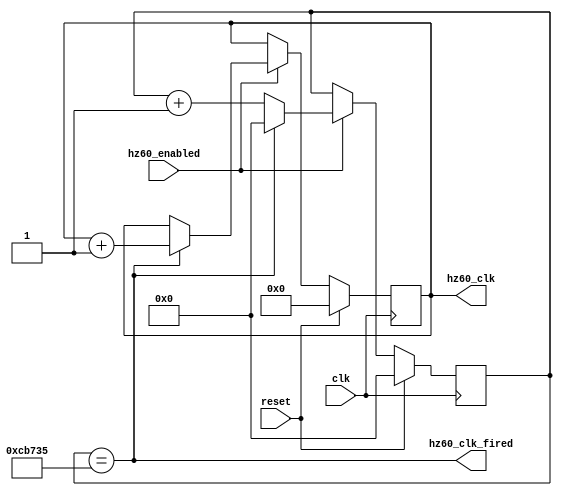
// hz60.v --- 60Hz clock

`timescale 1ns/1ps
`default_nettype none

module hz60(/*AUTOARG*/
   // Outputs
   hz60_clk_fired, hz60_clk,
   // Inputs
   clk, reset, hz60_enabled
   );

   parameter
     SYS_CLK = 26'd50000000,
     HZ60_CLK_RATE = 26'd60,
     HZ60_CLK_DIV = SYS_CLK / HZ60_CLK_RATE;

   input clk;
   input reset;

   input hz60_enabled;
   output hz60_clk_fired;
   output [31:0] hz60_clk;

   ////////////////////////////////////////////////////////////////////////////////

   /*AUTOWIRE*/
   /*AUTOREG*/
   // Beginning of automatic regs (for this module's undeclared outputs)
   reg [31:0]		hz60_clk;
   // End of automatics

   ////////////////////////////////////////////////////////////////////////////////

   reg [19:0] hz60_counter;
   wire [25:0] hz60_clk_div;

   assign hz60_clk_div = HZ60_CLK_DIV;

   always @(posedge clk)
     if (reset) begin
	/*AUTORESET*/
	// Beginning of autoreset for uninitialized flops
	hz60_clk <= 32'h0;
	hz60_counter <= 20'h0;
	// End of automatics
     end else if (hz60_enabled) begin
	if (hz60_clk_fired) begin
	   hz60_counter <= 0;
	   hz60_clk <= hz60_clk + 1;
	end else
	  hz60_counter <= hz60_counter + 20'd1;
     end

   assign hz60_clk_fired = hz60_counter == hz60_clk_div[19:0];

endmodule

`default_nettype wire

// Local Variables:
// verilog-library-directories: (".")
// End: